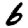
Digit: 6